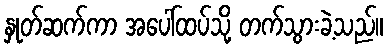
နှုတ်ဆက်ကာ အပေါ်ထပ်သို့ တက်သွားခဲ့သည်။